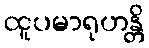
ထူပမာရုဟန္တိ